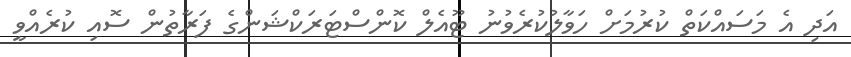
އަދި އެ މަސައްކަތް ކުރުމަށް ހަވާލުކުރެވުނު ޓޫއެލް ކޮންސްޓަރަކްޝަންގެ ފަރާތުން ސޮއި ކުރެއްވީ